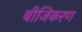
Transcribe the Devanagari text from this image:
बीजिकरण